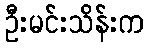
ဦးမင်းသိန်းက